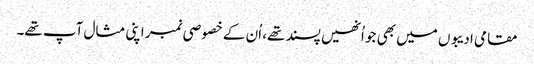
مقامی ادیبوں میں بھی جو اُنھیں پسند تھے، اُن کے خصوصی نمبر اپنی مثال آپ تھے۔